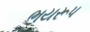
ભયરૂપ